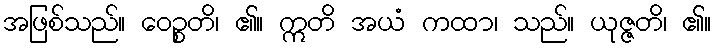
အဖြစ်သည်။ ဝေဉ္စတိ၊ ၏။ ဣတိ အယံ ကထာ၊ သည်။ ယုဇ္ဇတိ၊ ၏။